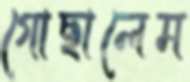
গোছালেম